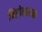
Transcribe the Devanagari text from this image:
निद्रोत्पादक